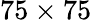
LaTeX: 75\times 75